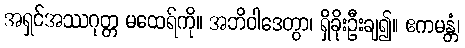
အရှင်အဿဂုတ္တ မထေရ်ကို။ အဘိဝါဒေတွာ၊ ရှိခိုးဦးချ၍။ ဧကမန္တံ၊